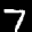
Digit: 7